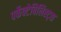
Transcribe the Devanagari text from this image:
पर्फेक्टेबिलिस्ट्स